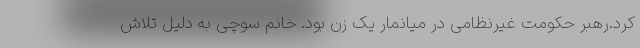
کرد.رهبر حکومت غیرنظامی در میانمار یک زن بود. خانم سوچی به دلیل تلاش